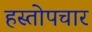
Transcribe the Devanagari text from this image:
हस्तोपचार